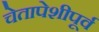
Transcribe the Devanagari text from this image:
चेतापेशीपूर्व